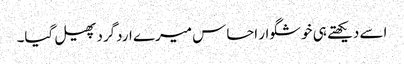
اسے دیکھتے ہی خوشگوار احساس میرے اردگرد پھیل گیا۔